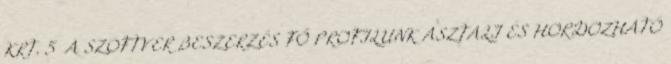
KRT. 5 A SZOFTVER BESZERZÉS FŐ PROFILUNK ASZTALI ÉS HORDOZHATÓ